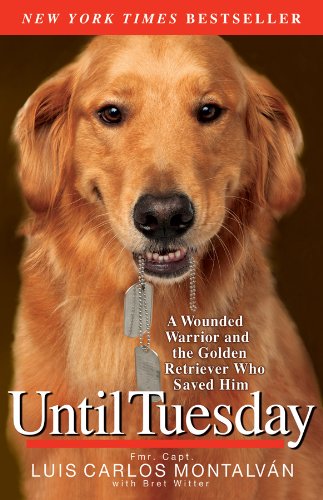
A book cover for Until Tuesday: A Wounded Warrior and the Golden Retriever Who Saved Him; Luis Carlos MontalvÃ¡n; Crafts, Hobbies & Home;